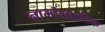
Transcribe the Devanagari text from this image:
नार्मोसाइटिक